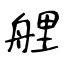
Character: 艃